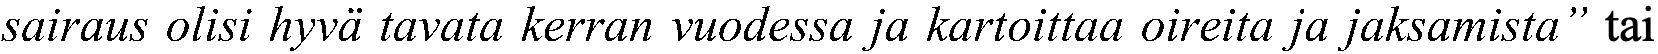
sairaus olisi hyvä tavata kerran vuodessa ja kartoittaa oireita ja jaksamista” tai